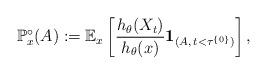
LaTeX: \begin{align*}\mathbb{P}^{\circ}_x(A) := \mathbb{E}_x\left[\frac{h_\theta(X_t)}{h_\theta(x)}\mathbf{1}_{(A, \, t<\tau^{\{0\}})}\right],\end{align*}